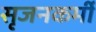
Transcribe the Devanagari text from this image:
सृजनकर्मी